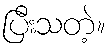
ပြီးသတဲ့။